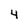
Character: 4